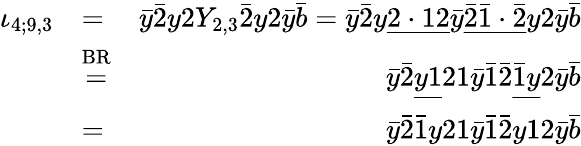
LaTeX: \begin{array}{rlr}{\iota_{4;9,3}}&{=}&{\bar{y}\bar{2}y2Y_{2,3}\bar{2}y2\bar{y}\bar{b}=\bar{y}\bar{2}y\underline{{2\cdot 12}}\bar{y}\underline{{\bar{2}\bar{1}\cdot\bar{2}}}y2\bar{y}\bar{b}}\\ &{\stackrel{\mathrm{BR}}{=}}&{\bar{y}\bar{2}\underline{{y1}}21\bar{y}\bar{1}\bar{2}\underline{{\bar{1}y}}2\bar{y}\bar{b}}\\ &{=}&{\bar{y}\bar{2}\bar{1}y21\bar{y}\bar{1}\bar{2}y12\bar{y}\bar{b}}\end{array}